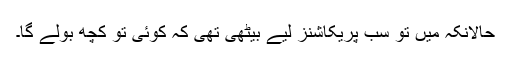
حالانکہ میں تو سب پریکاشنز لیے بیٹھی تھی کہ کوئی تو کچھ بولے گا۔